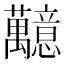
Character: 䖁